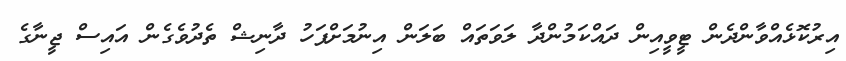
އިރުކޮޅެއްވާންދެން ޓީވީއިން ދައްކަމުންދާ ލަވަތައް ބަލަން އިނުމަށްފަހު ދާނިޝް ތެދުވެގެން އައިސް ޖީނާގެ